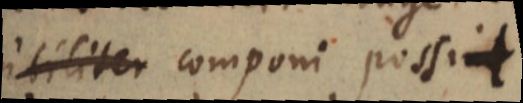
utiliter componi possit